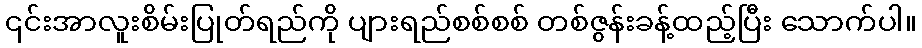
၎င်းအာလူးစိမ်းပြုတ်ရည်ကို ပျားရည်စစ်စစ် တစ်ဇွန်းခန့်ထည့်ပြီး သောက်ပါ။